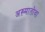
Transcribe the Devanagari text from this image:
अख़्मातोवा